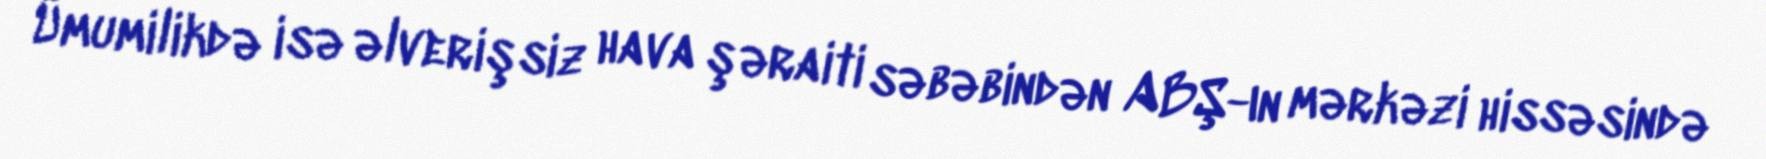
Ümumilikdə isə əlverişsiz hava şəraiti səbəbindən ABŞ-ın mərkəzi hissəsində